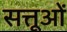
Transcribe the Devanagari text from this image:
सत्तूओं